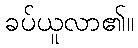
ခပ်ယူလာ၏။